Report on vaccination North-West Frontier Province 1904-1922 - 1904-1922
Year: 1904
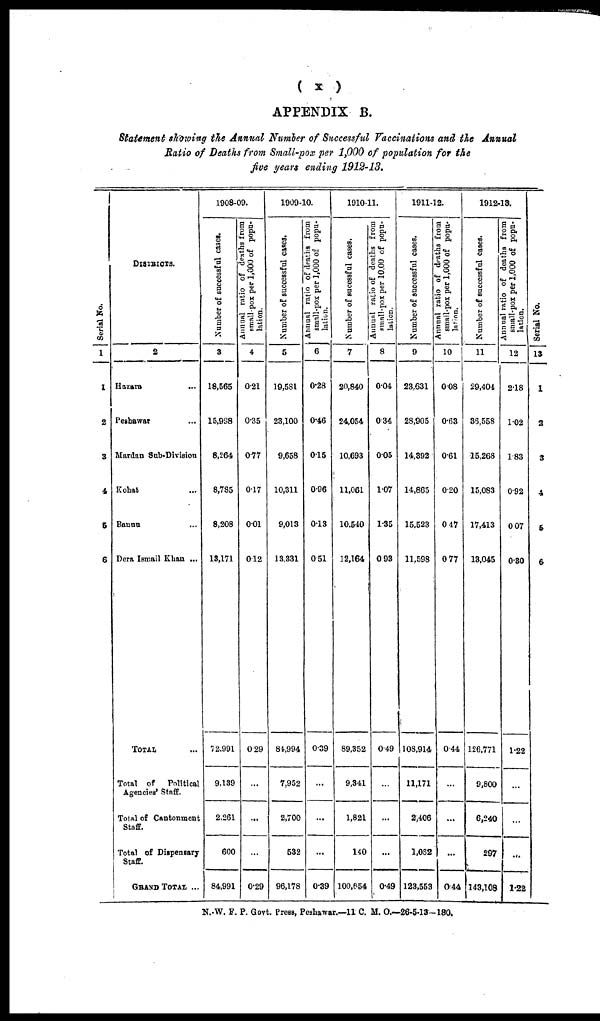
( x )
APPENDIX B.
Statement showing the Annual Number of Successful Vaccinations and the Annual
Ratio of Deaths from Small-pox per 1,000 of population for the
five years ending 1912-13.
Serial No.
1
1
2
3
4
5
6
DISTRICTS.
2
Hazard
...
Peshawar ...
Mardan Sub-Division
Kohat ...
Bannu ...
Dera Ismail Khan ...
TOTAL ...
Total of
Political
Agencies' Staff.
Total of Cantonment
Staff.
Total of Dispensary
Staff.
GRAND TOTAL ...
1908-09.
Number of successful cases.
3
18,565
15,998
8,264
8,785
8,208
13,171
72,991
9,139
2,261
600
84,991
Annual ratio of deaths from
small-pox per 1,000 of popu-
lation.
4
0.21
0.35
0.77
0.17
0.01
0.12
0.29
...
...
...
0.29
1909-10.
Number of successful cases.
5
19,581
23,100
9,658
10,311
9,013
13,331
84,994
7,952
2,700
532
96,178
Annual ratio of deaths from
small-pox per 1,000 of popu-
lation.
6
0.28
0.46
0.15
0.96
0.13
0.51
0.39
...
...
...
0.39
1910-11.
Number of sucessful cases.
7
20,840
24,054
10,693
11,061
10,540
12,164
89,352
9,341
1,821
140
1,00,654
Annunl ratio of deaths from
Small-pox per 10,00 of popu-
lation.
8
0.04
0.34
0.05
1.07
1.35
0.93
0.49
...
...
...
0.49
1911-12.
Number of successful cases.
9
23,631
28,905
14,392
14,865
15,523
11,598
108,914
11,171
2,406
1,062
123,553
Annual ratio of deaths from
small-pox per 1,000 of popu-
lation.
10
0.08
0.63
0.61
020
0.47
0.77
0.44
...
...
...
0.44
1912-13.
Number of successful cases.
11
29,404
36,558
15,268
15,083
17,413
13,045
126,771
9,800
6,240
297
143,108
Annual ratio of deaths from
small-pox per 1,000 of popu-
lation.
12
2.18
1.02
1.83
0.92
0.07
0.30
1.22
...
...
...
1.22
Serial No.
13
1
2
3
4
5
6
N.-W. F. P. Govt. Press, Peshawar.—11 C. M. O.—26-5-13-180.